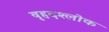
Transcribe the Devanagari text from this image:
बृहदश्लोक